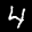
Label: 4